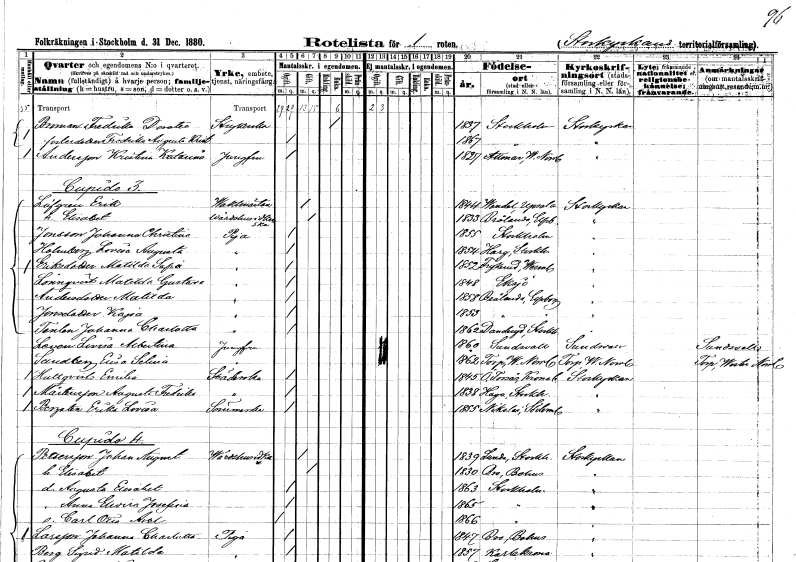
gt_parse: households: individuals: FN: Fredrika Dorotea
EN: Broman
YRKE: Strykerska
KON: K
CIV: E
FODAR: 1837
FODFORS: Stockholm
FN: Fredrika Augusta Kristina
KON: K
CIV: O
FODAR: 1867
FODFORS: Stockholm
FN: Kristina Katarina
EN: Andersson
YRKE: Jungfru
KON: K
CIV: O
FODAR: 1827
FODFORS: Attmar Västernorrlands län
FN: Erik
EN: Löfgren
YRKE: Vaktmästare
KON: M
CIV: G
FODAR: 1844
FODFORS: Vendel Uppsala län
FN: Elisabet
YRKE: Värdshusidkerska
KON: K
CIV: G
FODAR: 1833
FODFORS: Brålanda Älvsborgs län
FN: Johanna Christina
EN: Jonsson
YRKE: Piga
KON: K
CIV: O
FODAR: 1855
FODFORS: Stockholm
FN: Lovisa Augusta
EN: Holmberg
YRKE: Piga
KON: K
CIV: O
FODAR: 1854
FODFORS: Harg Uppsala län
FN: Matilda Sofia
EN: Eriksdotter
YRKE: Piga
KON: K
CIV: O
FODAR: 1852
FODFORS: Frykerud Värmlands län
FN: Matilda Gustava
EN: Lönnqvist
YRKE: Piga
KON: K
CIV: O
FODAR: 1848
FODFORS: Eksjö Jönköpings län
FN: Matilda
EN: Andersdotter
YRKE: Piga
KON: K
CIV: O
FODAR: 1858
FODFORS: Brålanda Älvsborgs län
FN: Kajsa
EN: Jonsdotter
YRKE: Piga
KON: K
CIV: O
FODAR: 1853
FODFORS: Brålanda Älvsborgs län
FN: Johanna Charlotta
EN: Tenlon
YRKE: Piga
KON: K
CIV: O
FODAR: 1862
FODFORS: Danderyd Stockholms län
FN: Lovisa Albertina
EN: Leven
YRKE: Jungfru
KON: K
CIV: O
FODAR: 1860
FODFORS: Sundsvall Västernorrlands län
FN: Elisa Selina
EN: Sandberg
YRKE: Jungfru
KON: K
CIV: O
FODAR: 1862
FODFORS: Torp Västernorrlands län
FN: Emilia
EN: Hultqvist
YRKE: Städerska
KON: K
CIV: O
FODAR: 1845
FODFORS: Östra Torsås Kronobergs län
FN: Augusta Fredrika
EN: Mårtensson
YRKE: Städerska
KON: K
CIV: O
FODAR: 1838
FODFORS: Haga Stockholms län
FN: Erika Lovisa
EN: Bergsten
YRKE: Sömmerska
KON: K
CIV: O
FODAR: 1855
FODFORS: Nikolai Stockholms stad
FN: Johan August
EN: Pettersson
YRKE: Värdshusidkare
KON: M
CIV: G
FODAR: 1839
FODFORS: Lunda Stockholms län
FN: Elisabet
KON: K
CIV: G
FODAR: 1830
FODFORS: Bro Göteborgs- och Bohuslän
FN: Augusta Elisabet
KON: K
CIV: O
FODAR: 1863
FODFORS: Stockholm
FN: Anna Elvira Josefina
KON: K
CIV: O
FODAR: 1865
FODFORS: Stockholm